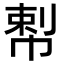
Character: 𢃴